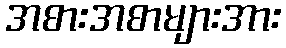
အစားအစာများအား